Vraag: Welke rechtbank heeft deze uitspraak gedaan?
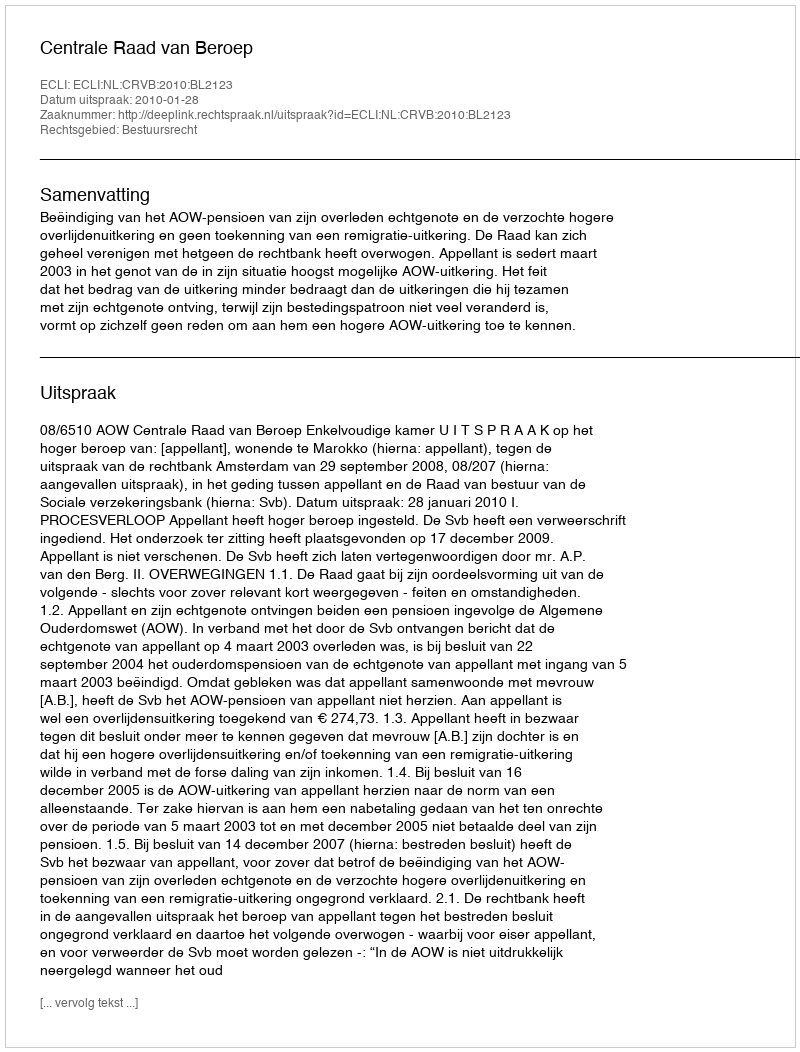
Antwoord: Centrale Raad van Beroep